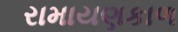
રામાયણકાળ